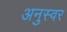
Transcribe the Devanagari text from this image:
अनुस्वर